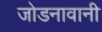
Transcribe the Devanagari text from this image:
जोडनावानी